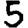
Digit: 5